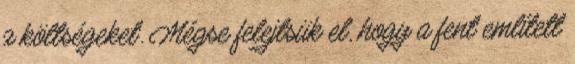
a költségeket. Mégse felejtsük el, hogy a fent említett